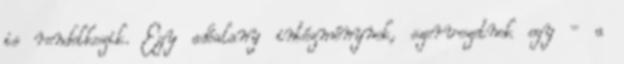
is rendelkezik. Egy adóalany intézménynek, szervezetnek egy - a